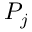
P _ { j }